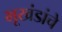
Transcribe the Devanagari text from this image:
भूखंडांचे